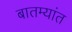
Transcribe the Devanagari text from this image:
बातम्‍यांत